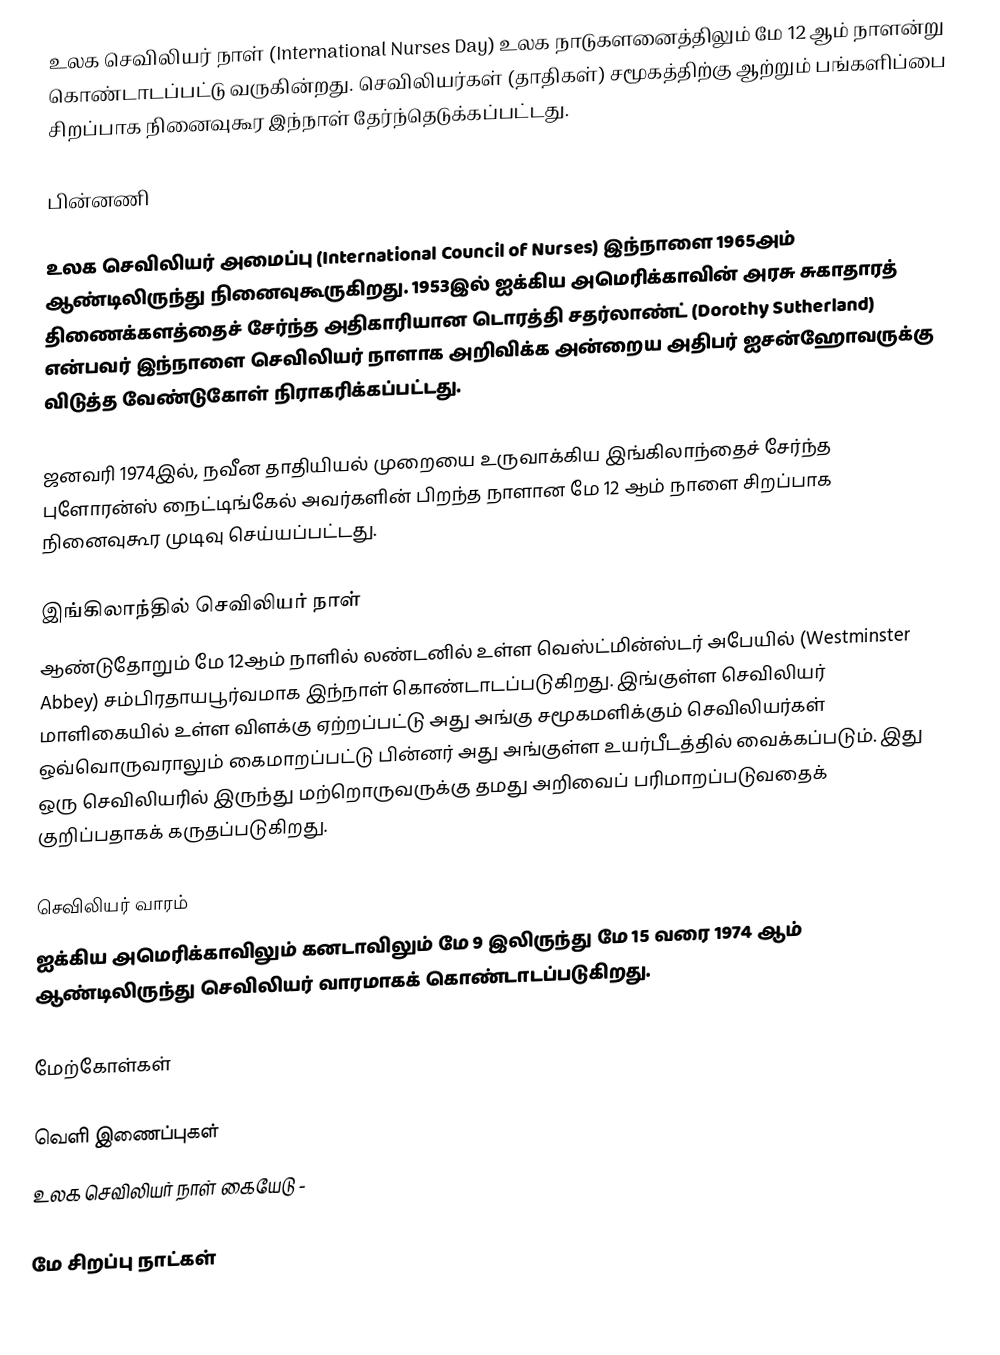
உலக செவிலியர் நாள் (International Nurses Day) உலக நாடுகளனைத்திலும் மே 12 ஆம் நாளன்று கொண்டாடப்பட்டு வருகின்றது. செவிலியர்கள் (தாதிகள்) சமூகத்திற்கு ஆற்றும் பங்களிப்பை சிறப்பாக நினைவுகூர இந்நாள் தேர்ந்தெடுக்கப்பட்டது.

பின்னணி

உலக செவிலியர் அமைப்பு (International Council of Nurses) இந்நாளை 1965அம் ஆண்டிலிருந்து நினைவுகூருகிறது. 1953இல் ஐக்கிய அமெரிக்காவின் அரசு சுகாதாரத் திணைக்களத்தைச் சேர்ந்த அதிகாரியான டொரத்தி சதர்லாண்ட் (Dorothy Sutherland) என்பவர் இந்நாளை செவிலியர் நாளாக அறிவிக்க அன்றைய அதிபர் ஐசன்ஹோவருக்கு விடுத்த வேண்டுகோள் நிராகரிக்கப்பட்டது.

ஜனவரி 1974இல், நவீன தாதியியல் முறையை உருவாக்கிய இங்கிலாந்தைச் சேர்ந்த புளோரன்ஸ் நைட்டிங்கேல் அவர்களின் பிறந்த நாளான மே 12 ஆம் நாளை சிறப்பாக நினைவுகூர முடிவு செய்யப்பட்டது.

இங்கிலாந்தில் செவிலியர் நாள்
ஆண்டுதோறும் மே 12ஆம் நாளில் லண்டனில் உள்ள வெஸ்ட்மின்ஸ்டர் அபேயில் (Westminster Abbey) சம்பிரதாயபூர்வமாக இந்நாள் கொண்டாடப்படுகிறது. இங்குள்ள செவிலியர் மாளிகையில் உள்ள விளக்கு ஏற்றப்பட்டு அது அங்கு சமூகமளிக்கும் செவிலியர்கள் ஒவ்வொருவராலும் கைமாறப்பட்டு பின்னர் அது அங்குள்ள உயர்பீடத்தில் வைக்கப்படும். இது ஒரு செவிலியரில் இருந்து மற்றொருவருக்கு தமது அறிவைப் பரிமாறப்படுவதைக் குறிப்பதாகக் கருதப்படுகிறது.

செவிலியர் வாரம்
ஐக்கிய அமெரிக்காவிலும் கனடாவிலும் மே 9 இலிருந்து மே 15 வரை 1974 ஆம் ஆண்டிலிருந்து செவிலியர் வாரமாகக் கொண்டாடப்படுகிறது.

மேற்கோள்கள்

வெளி இணைப்புகள்
உலக செவிலியர் நாள் கையேடு  -

மே சிறப்பு நாட்கள்